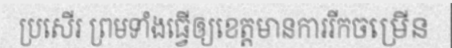
ប្រសើរ ព្រមទាំងធ្វើឲ្យខេត្តមានការរីកចម្រើន